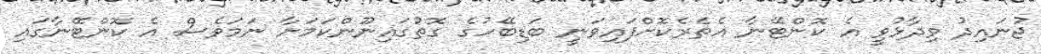
ޖުނައިދު ވިދާޅުވީ އެ ކޮންޓޭނާ އެތެރެކޮށްފައިވަނީ ބަޑިބޭހުގެ ގޮތުގައިނޫންކަމަށާ ނަމަވެސް އެ ކޮންޓޭނާގައި